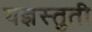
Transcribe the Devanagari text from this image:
यज्ञस्तुती